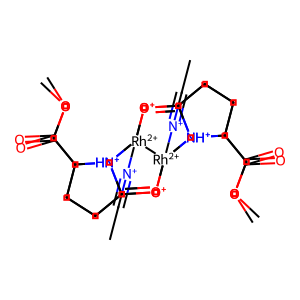
SMILES: CC#[N+][Rh+2]1234[O+]=C5CCC(C(=O)OC)[NH+]5[Rh+2]1([N+]#CC)([O+]=C1CCC(C(=O)OC)[NH+]12)([O+]=C1CCC(C(=O)OC)[NH+]13)[NH+]1C(=[O+]4)CCC1C(=O)OC
Inhibits HIV replication: No